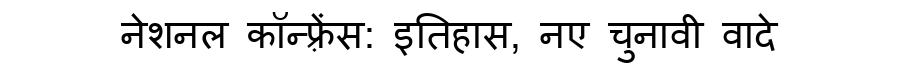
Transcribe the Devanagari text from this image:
नेशनल कॉन्फ़्रेंस: इतिहास, नए चुनावी वादे